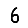
Digit: 6